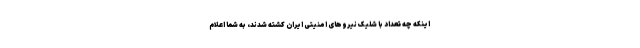
اینکه چه تعداد با شلیک نیروهای امنیتی ایران کشته شدند، به شما اعلام